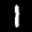
Label: 1